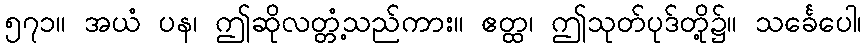
၅၇၁။ အယံ ပန၊ ဤဆိုလတ္တံ့သည်ကား။ ဧတ္ထ၊ ဤသုတ်ပုဒ်တို့၌။ သင်္ခေပေါ၊